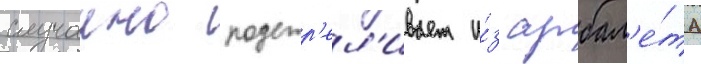
случаино подстр'ел'ивает и́з арбал'е́та